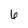
Character: 6